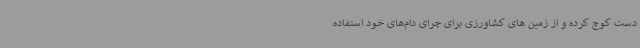
دست کوچ کرده و از زمین های کشاورزی برای چرای دام‌های خود استفاده